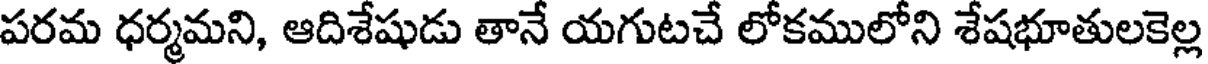
పరమ ధర్మమని, ఆదిశేషుడు తానే యగుటచే లోకములోని శేషభూతులకెల్ల